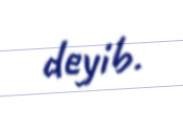
deyib.